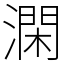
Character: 澖